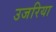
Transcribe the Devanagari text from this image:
उजरिया